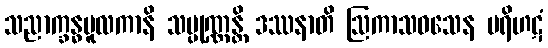
သညာက္ခန္ဓမူလကာနိ သမ္ပုဏ္ဏန္တိ ဒဿနာတိ ဩကာသဝသေန ပရိဟဋံ